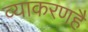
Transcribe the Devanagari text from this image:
व्याकरणहै